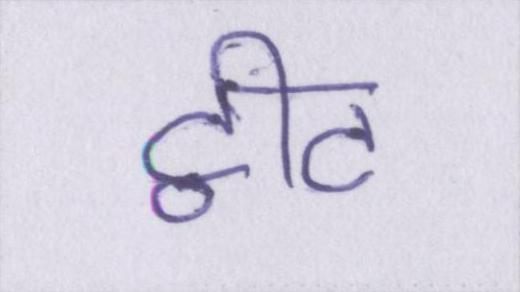
ट्वीट